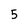
Character: 5